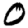
Digit: 0